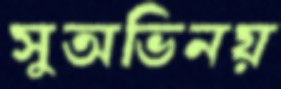
সুঅভিনয়